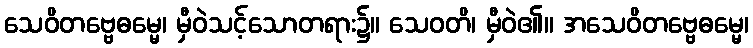
သေဝိတဗ္ဗေဓမ္မေ၊ မှီဝဲသင့်သောတရား၌။ သေဝတိ၊ မှီဝဲ၏။ အသေဝိတဗ္ဗေဓမ္မေ၊